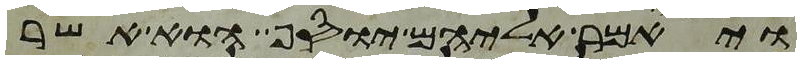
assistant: ויאמר אליהם יוסף הוא אשר